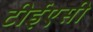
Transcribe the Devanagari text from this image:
टीईएसी